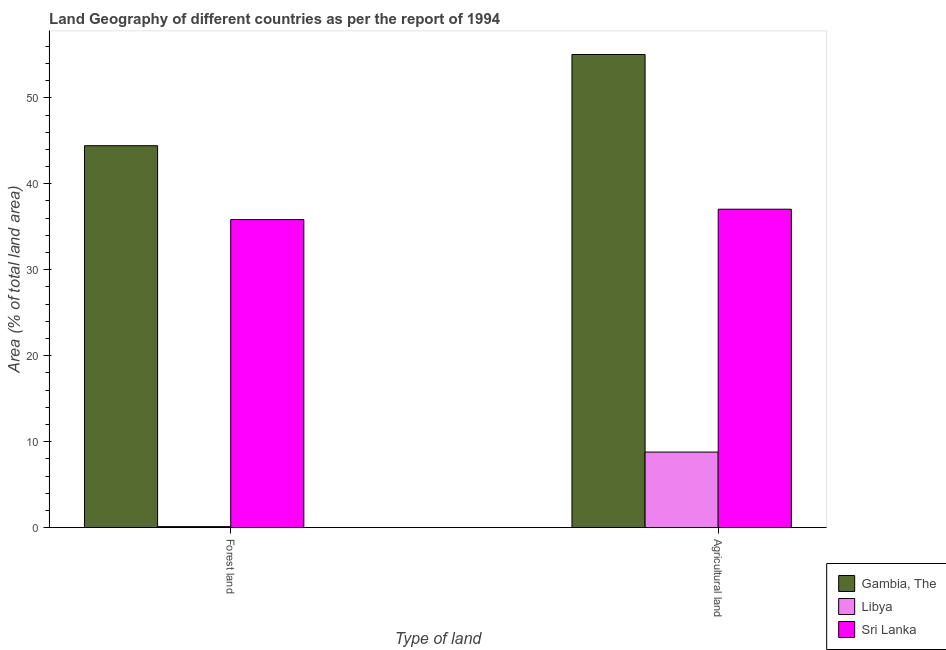
| Type of land | Gambia, The | Libya | Sri Lanka |
 | --- | --- | --- | --- |
 | Forest land | 44.4 | 0.123 | 35.8 |
 | Agricultural land | 55 | 8.79 | 37 |